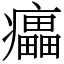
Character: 㿔